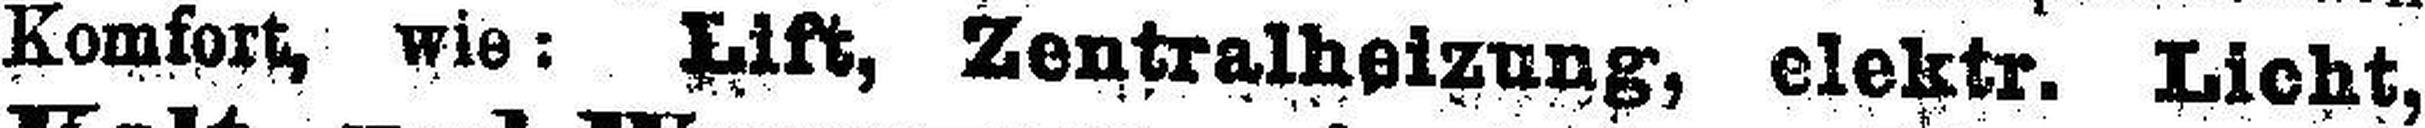
Komfort, wie: Lift, Zentralheizung, elektr. Licht,